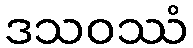
ဒသဝဿံ